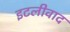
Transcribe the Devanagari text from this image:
इटलीवाद